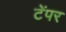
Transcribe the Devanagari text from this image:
टेंपर